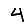
Digit: 4